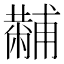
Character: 𤰍